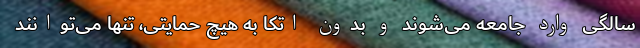
سالگی وارد جامعه می‌شوند و بدون اتکا به هیچ حمایتی، تنها می‌توانند